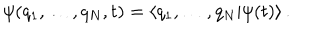
\psi ( q _ { 1 } , \dots , q _ { N } , t ) = \left< q _ { 1 } , \dots , q _ { N } | \psi ( t ) \right> .